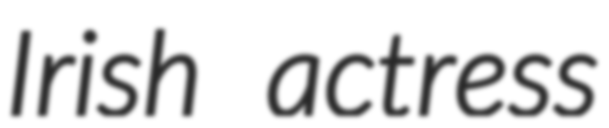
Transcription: Irish actress